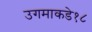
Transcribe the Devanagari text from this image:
उगमाकडे१८